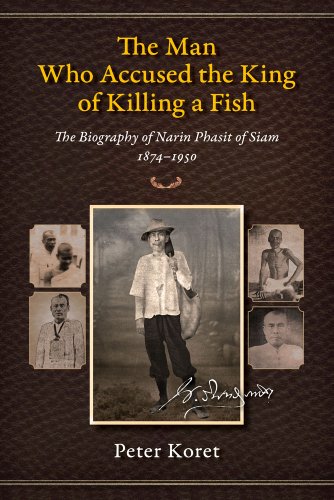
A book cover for The Man Who Accused the King of Killing a Fish: The Biography of Narin Phasit of Siam, 1874-1950; Peter Koret; Humor & Entertainment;